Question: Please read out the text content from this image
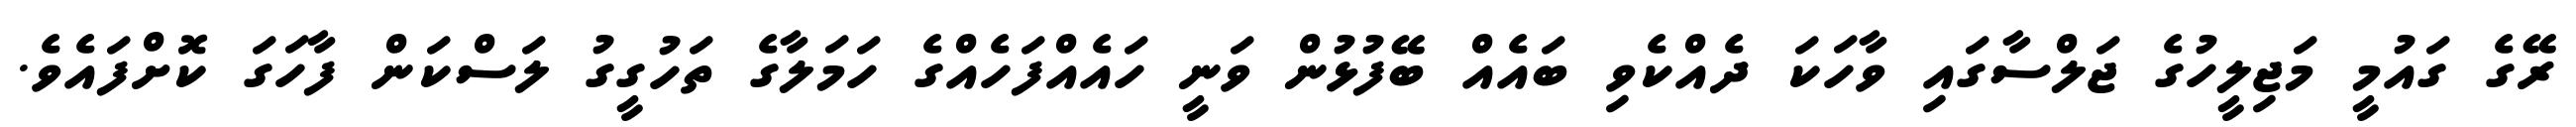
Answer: ރޭގެ ގައުމީ މަޖިލީހުގެ ޖަލްސާގައި ވާހަކަ ދެއްކެވި ބައެއް ބޭފުޅުން ވަނީ ހައެއްފަހެއްގެ ހަމަލާގެ ތަހުގީގު ލަސްކަން ފާހަގަ ކޮށްފައެވެ.